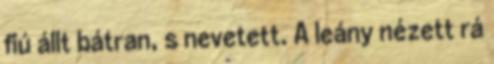
fiú állt bátran, s nevetett. A leány nézett rá